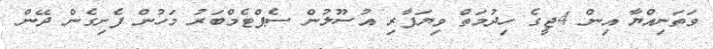
ވަތަނިއްޔާ އިން 4ޖީގެ ހިދުމަތް ވިޔަފާރި އުސޫލުން ސެޕްޓެމްބަރު މަހުން ފެށިގެން ދޭން